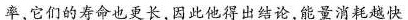
率，它们的寿命也更长，因此他得出结论，能量消耗越快